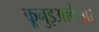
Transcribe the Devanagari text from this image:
कूनुइआकेआ